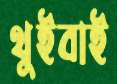
থুইবাই